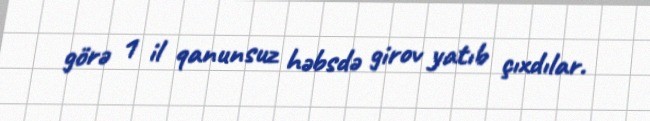
görə 1 il qanunsuz həbsdə girov yatıb çıxdılar.